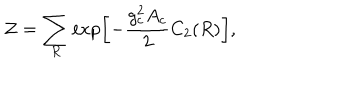
{ \cal Z } = \sum _ { R } \exp \left[ - { \frac { g _ { c } ^ { 2 } A _ { c } } { 2 } } C _ { 2 } ( R ) \right] ,